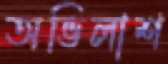
অভিলাশ